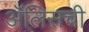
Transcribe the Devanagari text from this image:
ॲलिसची